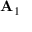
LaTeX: \mathbf { A } _ { 1 }